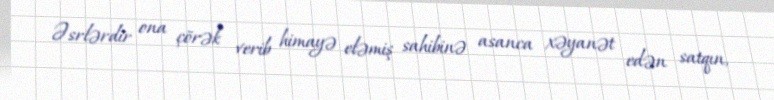
Əsrlərdir ona çörək verib himayə eləmiş sahibinə asanca xəyanət edən satqın,